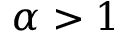
\alpha > 1